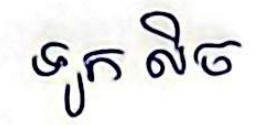
ទូក លិច